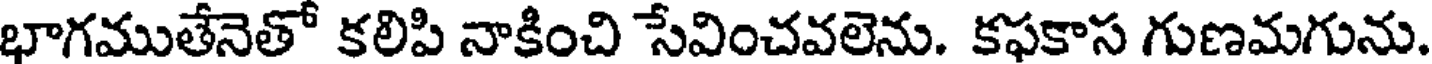
భాగముతేనెతో కలిపి నాకించి సేవించవలెను. కఫకాస గుణమగును.